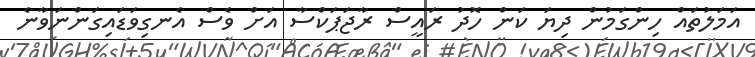
އަމަލުތައް ހިންގަަމުން ދިޔަ ކަން ހޮދު ރައީސް ރާޖަޕަކްސާ އަށް ވެސް އެނގިވަޑައިގަންނަވާނެ